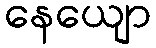
နေယျော